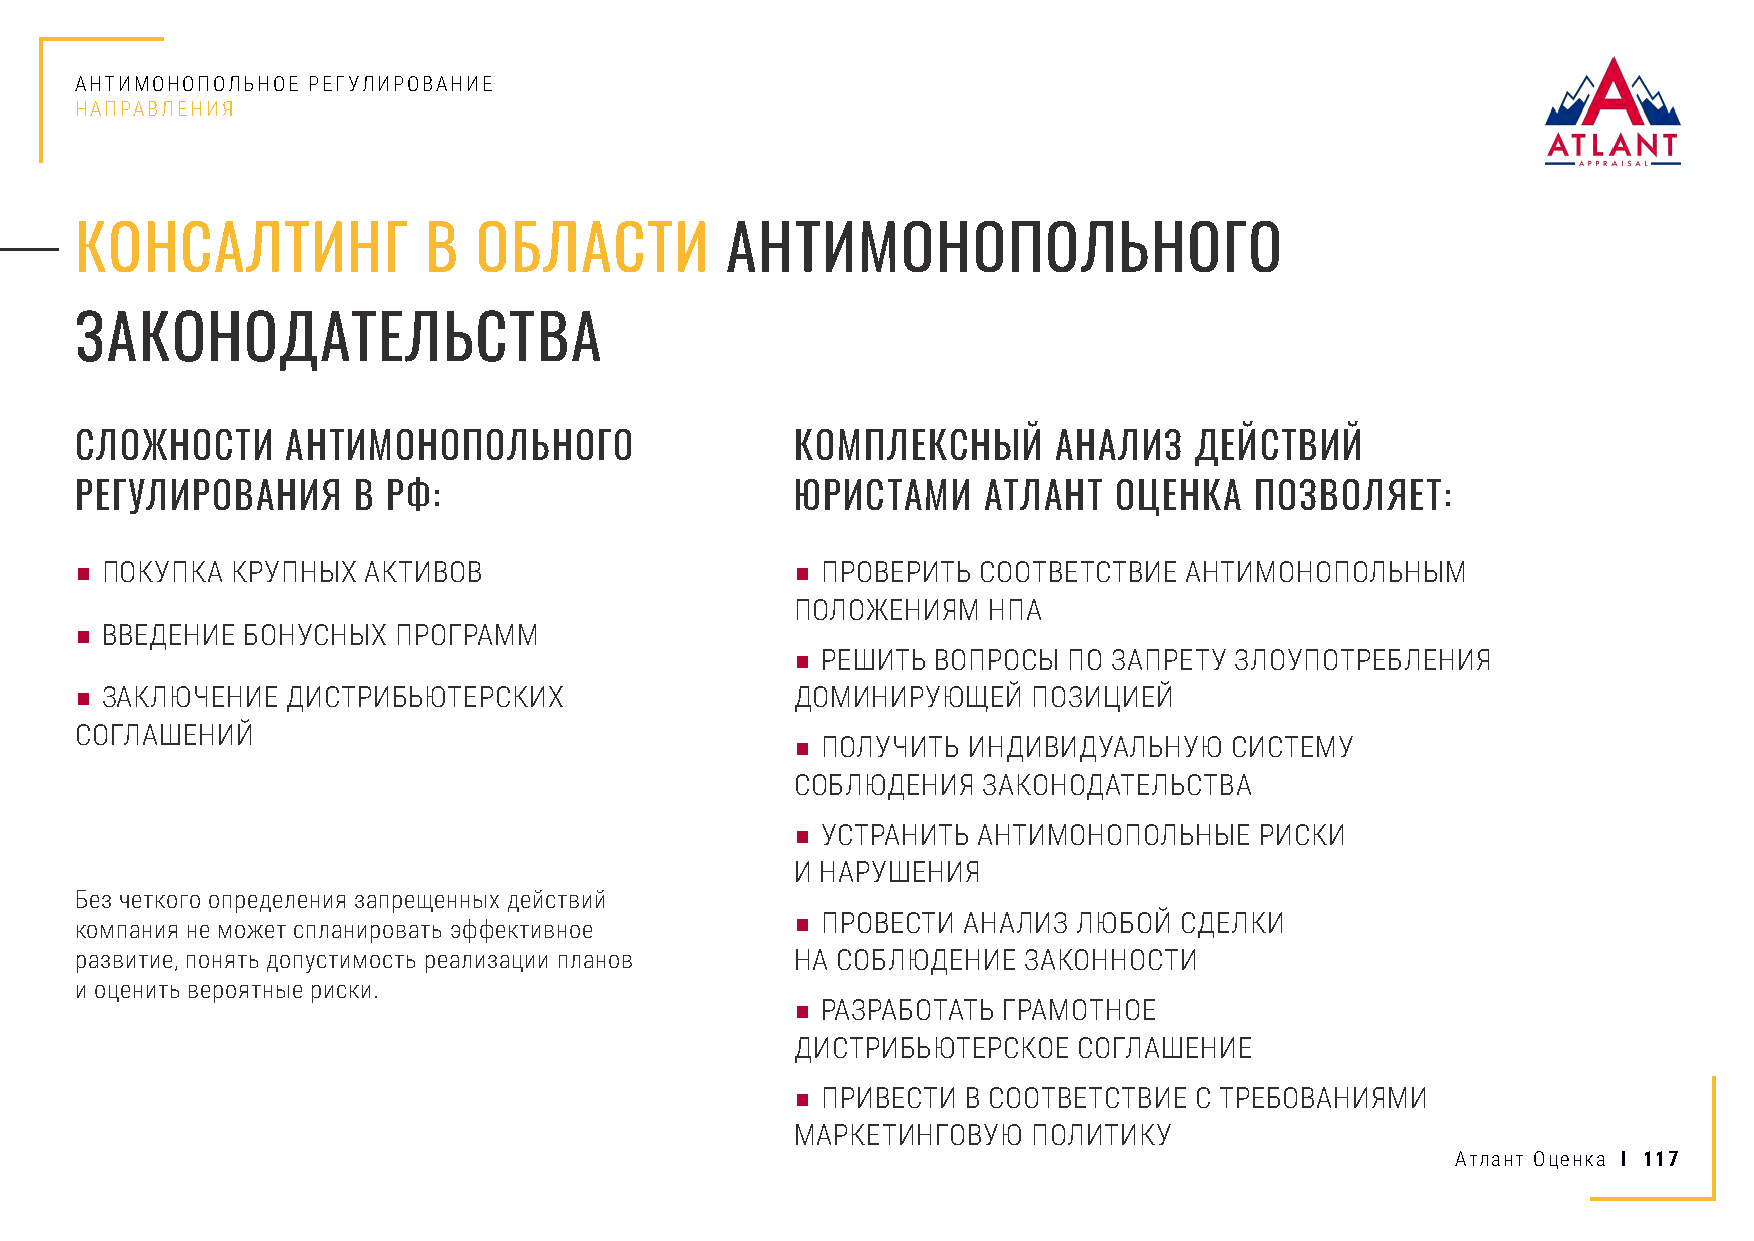
АНТИМОНОПОЛЬНОЕ РЕГУЛИРОВАНИЕ
 НАПРАВЛЕНИЯ
 КОНСАЛТИНГ             В  ОБЛАСТИ          АНТИМОНОПОЛЬНОГО
 ЗАКОНОДАТЕЛЬСТВА
 СЛОЖНОСТИ     АНТИМОНОПОЛЬНОГО                  КОМПЛЕКСНЫЙ      АНАЛИЗ   ДЕЙСТВИЙ
 РЕГУЛИРОВАНИЯ     В  РФ:                        ЮРИСТАМИ    АТЛАНТ   ОЦЕНКА   ПОЗВОЛЯЕТ:
 ■ ПОКУПКА КРУПНЫХ  АКТИВОВ                      ■ ПРОВЕРИТЬ СООТВЕТСТВИЕ  АНТИМОНОПОЛЬНЫМ
 ПОЛОЖЕНИЯМ  НПА
 ■ ВВЕДЕНИЕ БОНУСНЫХ  ПРОГРАММ
 ■ РЕШИТЬ ВОПРОСЫ  ПО ЗАПРЕТУ ЗЛОУПОТРЕБЛЕНИЯ
 ■ ЗАКЛЮЧЕНИЕ  ДИСТРИБЬЮТЕРСКИХ                  ДОМИНИРУЮЩЕЙ   ПОЗИЦИЕЙ
 СОГЛАШЕНИЙ
 ■ ПОЛУЧИТЬ ИНДИВИДУАЛЬНУЮ    СИСТЕМУ
 СОБЛЮДЕНИЯ  ЗАКОНОДАТЕЛЬСТВА
 ■ УСТРАНИТЬ АНТИМОНОПОЛЬНЫЕ   РИСКИ
 И НАРУШЕНИЯ
 Без четкого определения запрещенных действий
 ■ ПРОВЕСТИ АНАЛИЗ ЛЮБОЙ  СДЕЛКИ
 компания не может спланировать эффективное
 развитие, понять допустимость реализации планов НА СОБЛЮДЕНИЕ  ЗАКОННОСТИ
 и оценить вероятные риски.
 ■ РАЗРАБОТАТЬ ГРАМОТНОЕ
 ДИСТРИБЬЮТЕРСКОЕ  СОГЛАШЕНИЕ
 ■ ПРИВЕСТИ В СООТВЕТСТВИЕ С ТРЕБОВАНИЯМИ
 МАРКЕТИНГОВУЮ  ПОЛИТИКУ
 Атлант Оценка I 117